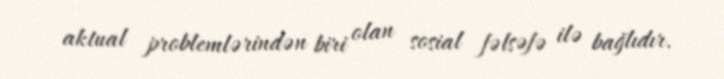
aktual problemlərindən biri olan sosial fəlsəfə ilə bağlıdır.